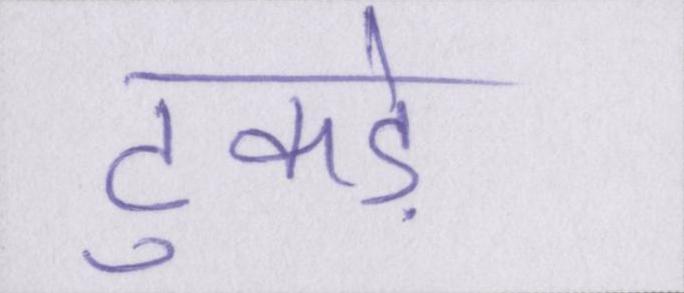
टुकड़े